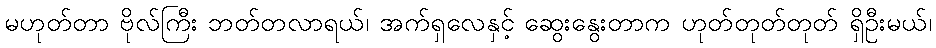
မဟုတ်တာ ဗိုလ်ကြီး ဘတ်တလာရယ်၊ အက်ရှလေနှင့် ဆွေးနွေးတာက ဟုတ်တုတ်တုတ် ရှိဦးမယ်၊